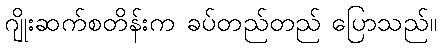
ဂျိုးဆက်စတိန်းက ခပ်တည်တည် ပြောသည်။